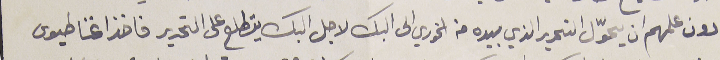
دون علمهم ان يحوّل التحرير الذي بيده من الخوري الى البك لاجل البك يتطلع على التحرير فاخذ اغناطيوس